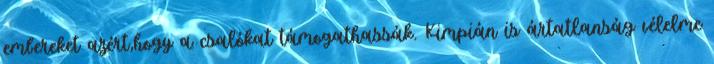
embereket azért,hogy a csalókat támogathassák. Kimpián is ártatlanság vélelme